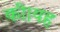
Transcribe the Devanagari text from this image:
की।यह